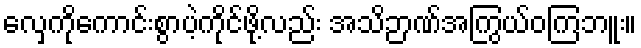
လှေကိုကောင်းစွာပဲ့ကိုင်ဖို့လည်း အသိဉာဏ်အကြွယ်ဝကြဘူး။